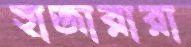
হাজারারা